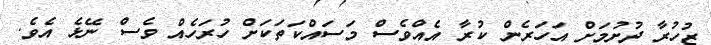
ޒުހުރާ ދުށުމަށް އަހަރެން ކުރާ އެއްވެސް މަސައްކަތަކަށް ހުރަހެއް ވެސް ނޭޅެ އެވެ.